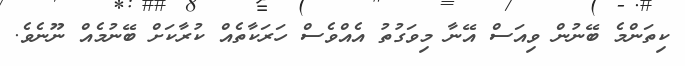
ކިތަންމެ ބޭނުން ވިއަސް އޭނާ މިވަގުތު އެއްވެސް ހަރަކާތެއް ކުރާކަށް ބޭނުމެއް ނޫނެވެ.